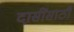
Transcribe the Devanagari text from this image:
दासींसाठी